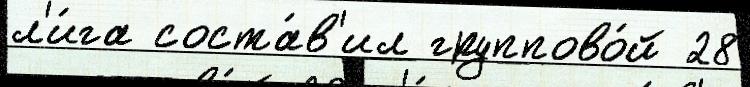
л'и́га соста́в'ил группово́й 28